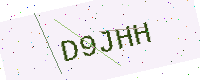
Text: D9JHH